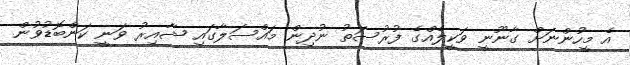
އެ މީހުންނަށް ގާނޫނީ ވަކީލެއްގެ ފުރުސަތު ނުދިން މައްސަލާގައި ޝާއިރު ވަނީ ކަންބޮޑުވުން